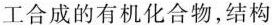
工合成的有机化合物，结构